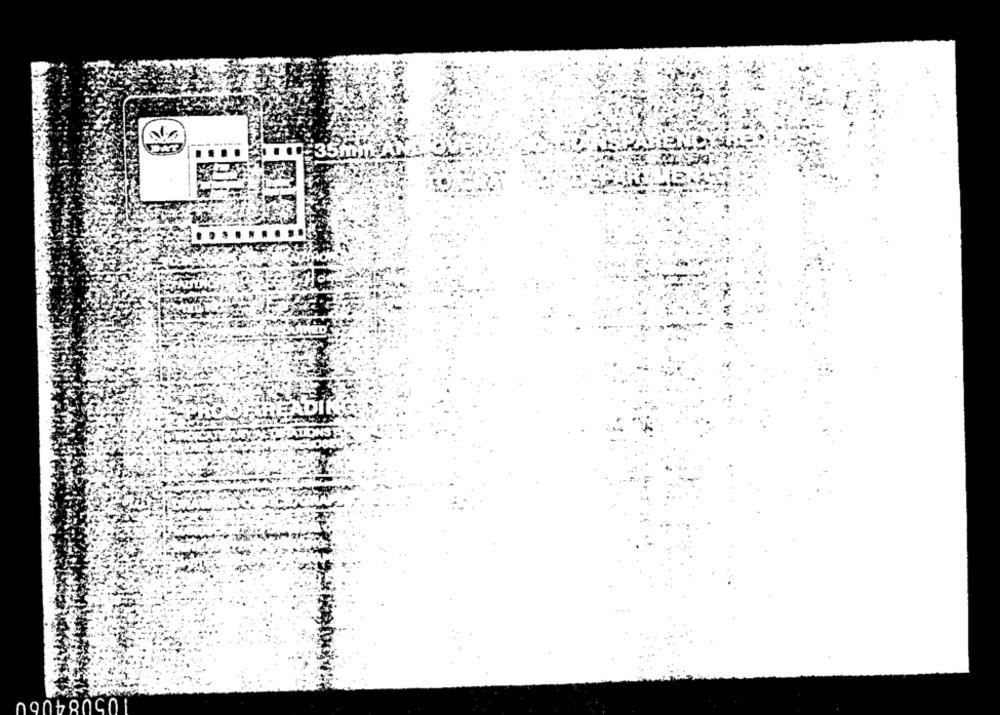
IREADIK
PHATIONS
105084060